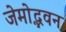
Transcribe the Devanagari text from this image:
जेमोद्भवन